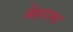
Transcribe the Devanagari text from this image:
मेहराना